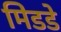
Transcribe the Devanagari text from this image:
मिडडे